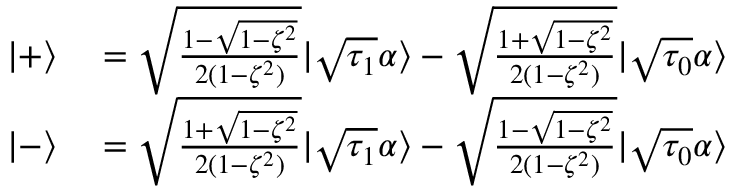
\begin{array} { r l } { | + \rangle } & { { } = \sqrt { \frac { 1 - \sqrt { 1 - \zeta ^ { 2 } } } { 2 ( 1 - \zeta ^ { 2 } ) } } | \sqrt { \tau _ { 1 } } \alpha \rangle - \sqrt { \frac { 1 + \sqrt { 1 - \zeta ^ { 2 } } } { 2 ( 1 - \zeta ^ { 2 } ) } } | \sqrt { \tau _ { 0 } } \alpha \rangle } \\ { | - \rangle } & { { } = \sqrt { \frac { 1 + \sqrt { 1 - \zeta ^ { 2 } } } { 2 ( 1 - \zeta ^ { 2 } ) } } | \sqrt { \tau _ { 1 } } \alpha \rangle - \sqrt { \frac { 1 - \sqrt { 1 - \zeta ^ { 2 } } } { 2 ( 1 - \zeta ^ { 2 } ) } } | \sqrt { \tau _ { 0 } } \alpha \rangle } \end{array}